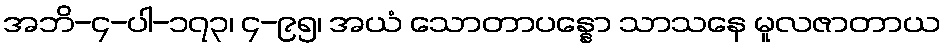
အဘိ-၄-ပါ-၁၇၃၊ ၄-၉၅၊ အယံ သောတာပန္နော သာသနေ မူလဇာတာယ